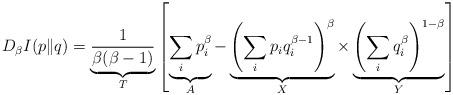
LaTeX: \begin{align*}D_{\beta}I(p\|q)=\underbrace{\frac{1}{\beta(\beta-1)}}_{T}\left[\underbrace{\sum_{i}p^{\beta}_{i}}_{A}-\underbrace{\left(\sum_{i}p_{i}q^{\beta-1}_{i}\right)^{\beta}}_{X}\times\underbrace{\left(\sum_{i}q^{\beta}_{i}\right)^{1-\beta}}_{Y}\right]\end{align*}